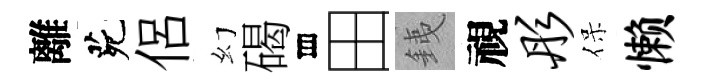
離茕侶幻碣存田銕視彤保懒